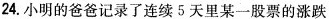
24.小明的爸爸记录了连续5天里某一股票的涨跌